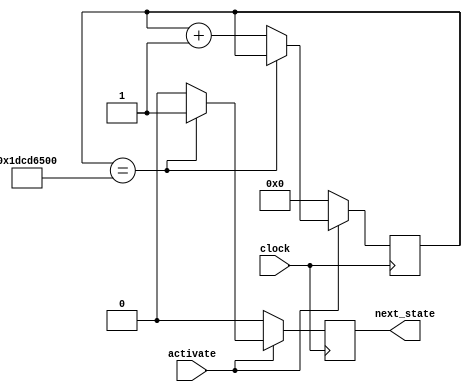
module timer_continuous (clock, activate, next_state);
    input clock; //entrada de clock 50MHz
	input activate; //entrada de ativao, para iniciar a contagem
    output reg next_state; //saida indicando que ja passou o tempo, e pode passar ao prox estado

    reg [30:0] counter = 30'd0; //registrador de contador
	 //IMPORTANTISSIMO
		//NAO ZERAR O CONTADOR NO MESMO ESTADO, ESPERAR ELE IR PARA ALGUM OUTRO ESTADO ZERAR
		//MOTIVO, SEGURAR A INFORMAO ALI DE QUE TERMINOU ATE AS OUTRAS OPERAES TERMINAREM
    always @(posedge clock)
        begin
            if(activate == 1'b1) //se tiver sinal pedindo para contagem
                begin 
                    if(counter == 30'd500000000) //contador que vai ate 10 segundos
                        begin
									//counter <= 27'd0;
                            next_state = 1'b1; //envia o sinal que pode passar para o prox estado
                        end
                    else //enquanto o contador nao terminar, continua contando, e impedindo de pasasar ao prox estado
                        begin
                            next_state =1'b0;
                            counter = counter + 1'b1;
                        end
                end
            else //enquanto nao houver sinal de ativao, permanece esse sinal desativado
                begin
                    next_state =1'b0;
						  counter <= 30'd0;
                end
        end

endmodule